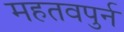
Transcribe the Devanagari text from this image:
महतवपुर्न